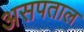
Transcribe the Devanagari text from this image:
असपताल